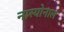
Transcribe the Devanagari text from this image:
नास्योनाल